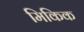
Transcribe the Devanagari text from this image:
मिकिक